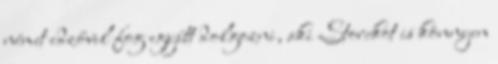
német edzővel fog együtt dolgozni, aki Storckot is könnyen